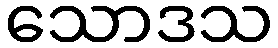
သောဒသ